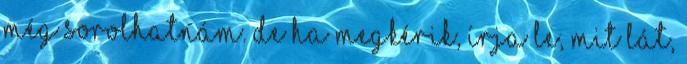
még sorolhatnám. De ha megkérik, írja le, mit lát,